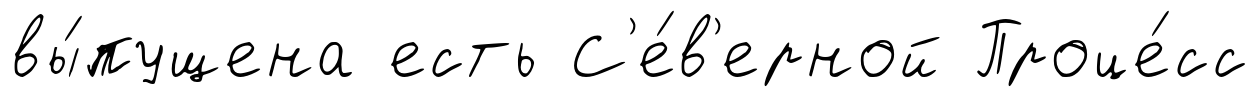
вы́пущена есть С'е́в'ерной Проце́сс